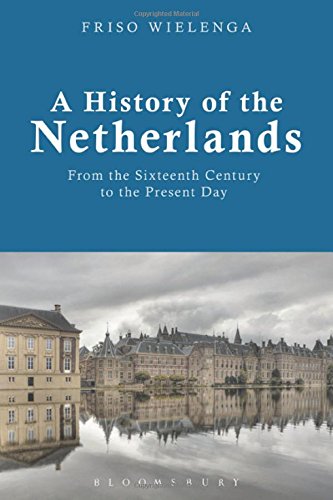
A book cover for A History of the Netherlands: From the Sixteenth Century to the Present Day; Friso Wielenga; History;